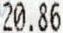
20.86